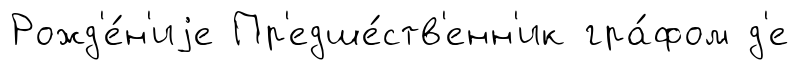
Рожд'е́н'иjе Пр'едше́ств'енн'ик гра́фом д'е